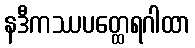
နဒီကဿပတ္ထေရဂါထာ